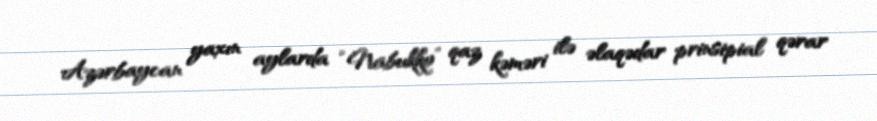
Azərbaycan yaxın aylarda “Nabukko” qaz kəməri ilə əlaqədar prinsipial qərar